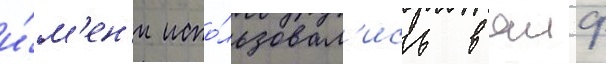
и́м'ен'и испо́льзовал'ись в яиф